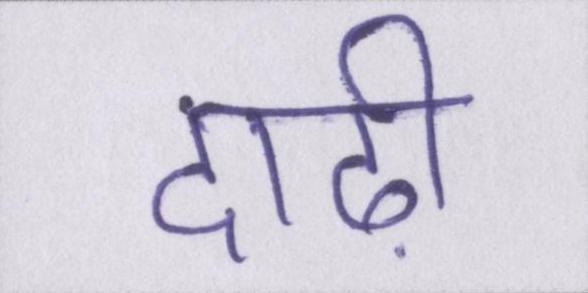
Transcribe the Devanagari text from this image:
दाढ़ी